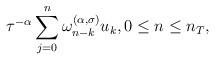
LaTeX: \begin{align*}\tau^{-\alpha}\sum_{j=0}^n\omega^{(\alpha,\sigma)}_{n-k}u_k, 0\leq n\leq n_T,\end{align*}